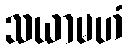
သယာမဟံ